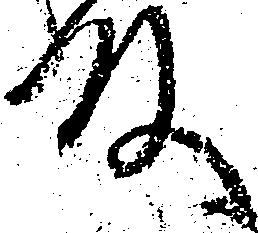
殿